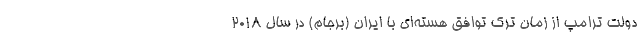
دولت ترامپ از زمان ترک توافق هسته‌ای با ایران (برجام) در سال 2018